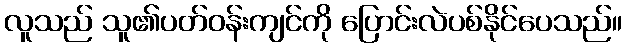
လူသည် သူ၏ပတ်ဝန်းကျင်ကို ပြောင်းလဲပစ်နိုင်ပေသည်။